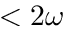
< 2 \omega